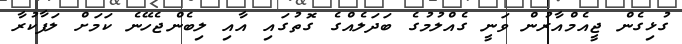
ގުޅިގެން ޖީއެމްއާރުން ވަނީ ގެއްލުމުގެ ބަދަލެއްގެ ގޮތުގައި އާއި ލިބެންޖެހޭނެ ކަމަށް ލަފާކުރާ